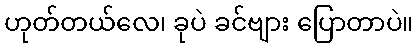
ဟုတ်တယ်လေ၊ ခုပဲ ခင်ဗျား ပြောတာပဲ။